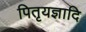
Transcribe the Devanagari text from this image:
पितृयज्ञादि